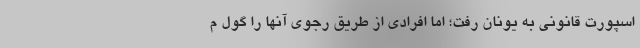
اسپورت قانونی به یونان رفت؛ اما افرادی از طریق رجوی آنها را گول م